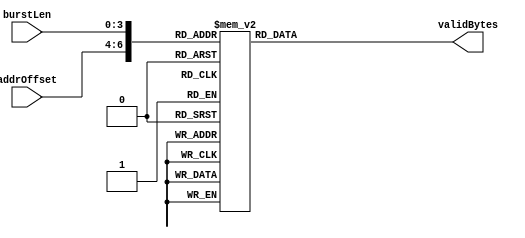
// ****************************************************************************/
// Microsemi Corporation Proprietary and Confidential
// Copyright 2015 Microsemi Corporation.  All rights reserved.
//
// ANY USE OR REDISTRIBUTION IN PART OR IN WHOLE MUST BE HANDLED IN
// ACCORDANCE WITH THE MICROSEMI LICENSE AGREEMENT AND MUST BE APPROVED
// IN ADVANCE IN WRITING.
//
// Description: 
//
// SVN Revision Information:
// SVN $Revision: 25747 $
// SVN $Date: 2015-12-14 08:32:25 +0530 (Mon, 14 Dec 2015) $
//
// Resolved SARs
// SAR      Date     Who   Description
//
// Notes:
//
// ****************************************************************************/
module COREAXITOAHBL_readByteCnt (
    addrOffset,
    burstLen,
    validBytes
);

input   [2:0]           addrOffset;
input   [3:0]           burstLen;
output  [7:0]           validBytes;

reg     [7:0]           validBytes;
wire    [6:0]           ROMAddr;
assign ROMAddr = {addrOffset, burstLen};
////////////////////////////////////////////////////////////////////////////////
// ROM Table - Returns the number of valid bytes in a read transaction based on 
//             the address offset and the number of transfers in the read
//             transaction 
////////////////////////////////////////////////////////////////////////////////
always @ (*)
begin
    case (ROMAddr)
        7'b000_0000: validBytes <= 8'd8;
        7'b000_0001: validBytes <= 8'd16;
        7'b000_0010: validBytes <= 8'd24;
        7'b000_0011: validBytes <= 8'd32;
        7'b000_0100: validBytes <= 8'd40;
        7'b000_0101: validBytes <= 8'd48;
        7'b000_0110: validBytes <= 8'd56;
        7'b000_0111: validBytes <= 8'd64;
        7'b000_1000: validBytes <= 8'd72;
        7'b000_1001: validBytes <= 8'd80;
        7'b000_1010: validBytes <= 8'd88;
        7'b000_1011: validBytes <= 8'd96;
        7'b000_1100: validBytes <= 8'd104;
        7'b000_1101: validBytes <= 8'd112;
        7'b000_1110: validBytes <= 8'd120;
        7'b000_1111: validBytes <= 8'd128;
        
        7'b001_0000: validBytes <= 8'd7;
        7'b001_0001: validBytes <= 8'd14;
        7'b001_0010: validBytes <= 8'd21;
        7'b001_0011: validBytes <= 8'd28;
        7'b001_0100: validBytes <= 8'd35;
        7'b001_0101: validBytes <= 8'd42;
        7'b001_0110: validBytes <= 8'd49;
        7'b001_0111: validBytes <= 8'd56;
        7'b001_1000: validBytes <= 8'd63;
        7'b001_1001: validBytes <= 8'd70;
        7'b001_1010: validBytes <= 8'd77;
        7'b001_1011: validBytes <= 8'd84;
        7'b001_1100: validBytes <= 8'd91;
        7'b001_1101: validBytes <= 8'd98;
        7'b001_1110: validBytes <= 8'd105;
        7'b001_1111: validBytes <= 8'd112;
        
        7'b010_0000: validBytes <= 8'd6;
        7'b010_0001: validBytes <= 8'd12;
        7'b010_0010: validBytes <= 8'd18;
        7'b010_0011: validBytes <= 8'd24;
        7'b010_0100: validBytes <= 8'd30;
        7'b010_0101: validBytes <= 8'd36;
        7'b010_0110: validBytes <= 8'd42;
        7'b010_0111: validBytes <= 8'd48;
        7'b010_1000: validBytes <= 8'd54;
        7'b010_1001: validBytes <= 8'd60;
        7'b010_1010: validBytes <= 8'd66;
        7'b010_1011: validBytes <= 8'd72;
        7'b010_1100: validBytes <= 8'd78;
        7'b010_1101: validBytes <= 8'd84;
        7'b010_1110: validBytes <= 8'd90;
        7'b010_1111: validBytes <= 8'd96;
        
        7'b011_0000: validBytes <= 8'd5;
        7'b011_0001: validBytes <= 8'd10;
        7'b011_0010: validBytes <= 8'd15;
        7'b011_0011: validBytes <= 8'd20;
        7'b011_0100: validBytes <= 8'd25;
        7'b011_0101: validBytes <= 8'd30;
        7'b011_0110: validBytes <= 8'd35;
        7'b011_0111: validBytes <= 8'd40;
        7'b011_1000: validBytes <= 8'd45;
        7'b011_1001: validBytes <= 8'd50;
        7'b011_1010: validBytes <= 8'd55;
        7'b011_1011: validBytes <= 8'd60;
        7'b011_1100: validBytes <= 8'd65;
        7'b011_1101: validBytes <= 8'd70;
        7'b011_1110: validBytes <= 8'd75;
        7'b011_1111: validBytes <= 8'd80;
        
        7'b100_0000: validBytes <= 8'd4;
        7'b100_0001: validBytes <= 8'd8;
        7'b100_0010: validBytes <= 8'd12;
        7'b100_0011: validBytes <= 8'd16;
        7'b100_0100: validBytes <= 8'd20;
        7'b100_0101: validBytes <= 8'd24;
        7'b100_0110: validBytes <= 8'd28;
        7'b100_0111: validBytes <= 8'd32;
        7'b100_1000: validBytes <= 8'd36;
        7'b100_1001: validBytes <= 8'd40;
        7'b100_1010: validBytes <= 8'd44;
        7'b100_1011: validBytes <= 8'd48;
        7'b100_1100: validBytes <= 8'd52;
        7'b100_1101: validBytes <= 8'd56;
        7'b100_1110: validBytes <= 8'd60;
        7'b100_1111: validBytes <= 8'd64;
        
        7'b101_0000: validBytes <= 8'd3;
        7'b101_0001: validBytes <= 8'd6;
        7'b101_0010: validBytes <= 8'd9;
        7'b101_0011: validBytes <= 8'd12;
        7'b101_0100: validBytes <= 8'd15;
        7'b101_0101: validBytes <= 8'd18;
        7'b101_0110: validBytes <= 8'd21;
        7'b101_0111: validBytes <= 8'd24;
        7'b101_1000: validBytes <= 8'd27;
        7'b101_1001: validBytes <= 8'd30;
        7'b101_1010: validBytes <= 8'd33;
        7'b101_1011: validBytes <= 8'd36;
        7'b101_1100: validBytes <= 8'd39;
        7'b101_1101: validBytes <= 8'd42;
        7'b101_1110: validBytes <= 8'd45;
        7'b101_1111: validBytes <= 8'd48;
        
        7'b110_0000: validBytes <= 8'd2;
        7'b110_0001: validBytes <= 8'd4;
        7'b110_0010: validBytes <= 8'd6;
        7'b110_0011: validBytes <= 8'd8;
        7'b110_0100: validBytes <= 8'd10;
        7'b110_0101: validBytes <= 8'd12;
        7'b110_0110: validBytes <= 8'd14;
        7'b110_0111: validBytes <= 8'd16;
        7'b110_1000: validBytes <= 8'd18;
        7'b110_1001: validBytes <= 8'd20;
        7'b110_1010: validBytes <= 8'd22;
        7'b110_1011: validBytes <= 8'd24;
        7'b110_1100: validBytes <= 8'd26;
        7'b110_1101: validBytes <= 8'd28;
        7'b110_1110: validBytes <= 8'd30;
        7'b110_1111: validBytes <= 8'd32;
        
        7'b111_0000: validBytes <= 8'd1;
        7'b111_0001: validBytes <= 8'd2;
        7'b111_0010: validBytes <= 8'd3;
        7'b111_0011: validBytes <= 8'd4;
        7'b111_0100: validBytes <= 8'd5;
        7'b111_0101: validBytes <= 8'd6;
        7'b111_0110: validBytes <= 8'd7;
        7'b111_0111: validBytes <= 8'd8;
        7'b111_1000: validBytes <= 8'd9;
        7'b111_1001: validBytes <= 8'd10;
        7'b111_1010: validBytes <= 8'd11;
        7'b111_1011: validBytes <= 8'd12;
        7'b111_1100: validBytes <= 8'd13;
        7'b111_1101: validBytes <= 8'd14;
        7'b111_1110: validBytes <= 8'd15;
        7'b111_1111: validBytes <= 8'd16;
        
        default: validBytes <= 8'd0;
    endcase
end

endmodule // COREAXITOAHBL_readByteCnt